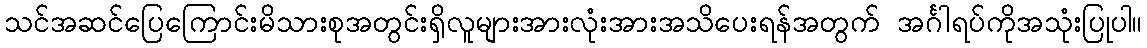
သင်အဆင်ပြေကြောင်းမိသားစုအတွင်းရှိလူများအားလုံးအားအသိပေးရန်အတွက် အင်္ဂါရပ်ကိုအသုံးပြုပါ။